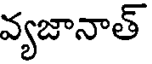
వ్యజానాత్